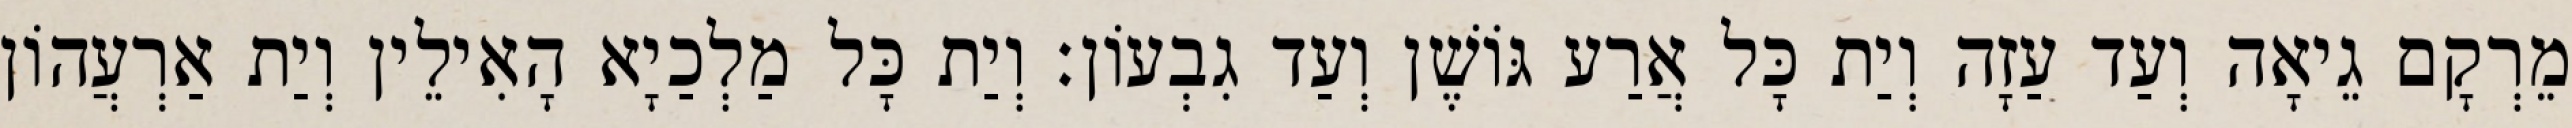
מֵרְקָם גֵיאָה וְעַד עַזָה וְיַת כָּל אֲרַע גּוֹשֶׁן וְעַד גִבְעוֹן׃ וְיַת כָּל מַלְכַיָא הָאִילֵין וְיַת אַרְעֲהוֹן